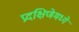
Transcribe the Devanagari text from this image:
प्रदक्षिणेमध्ये